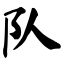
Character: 队